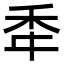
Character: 䄵